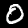
Label: 0